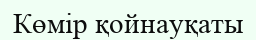
Көмір қойнауқаты